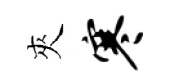
夾寒